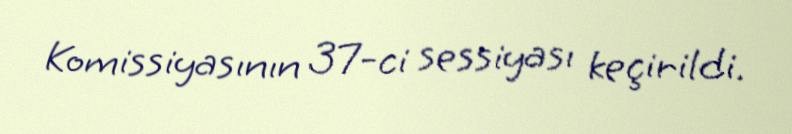
Komissiyasının 37-ci sessiyası keçirildi.